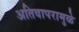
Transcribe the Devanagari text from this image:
अतिवापरामुळे